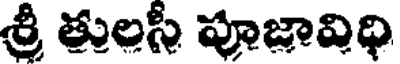
శ్రీ తులసి పూజావిధి